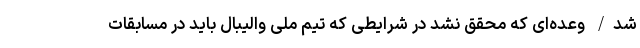
شد/ وعده‌ای که محقق نشد در شرایطی که تیم ملی والیبال باید در مسابقات